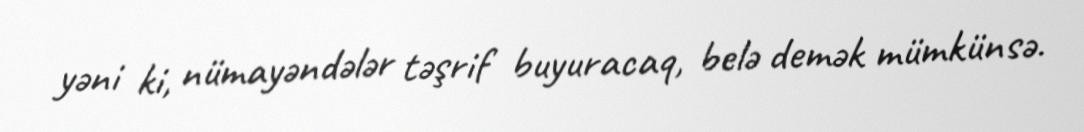
yəni ki, nümayəndələr təşrif buyuracaq, belə demək mümkünsə.